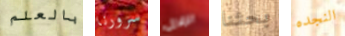
بالعلم سرورنا الزلازل بحثنا النجده